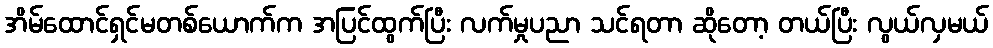
အိမ်ထောင်ရှင်မတစ်ယောက်က အပြင်ထွက်ပြီး လက်မှုပညာ သင်ရတာ ဆိုတော့ တယ်ပြီး လွယ်လှမယ်